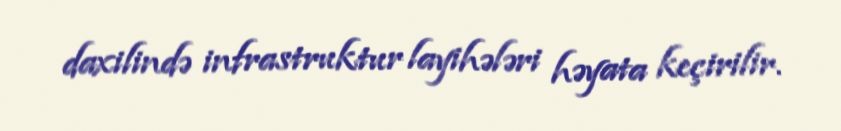
daxilində infrastruktur layihələri həyata keçirilir.